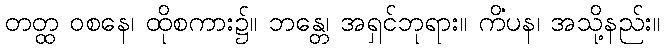
တတ္ထ ဝစနေ၊ ထိုစကား၌။ ဘန္တေ၊ အရှင်ဘုရား။ ကိံပန၊ အသို့နည်း။